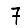
Digit: 7